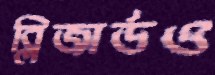
ব্লিজার্ডও